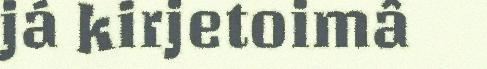
já kirjetoimâ